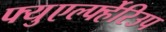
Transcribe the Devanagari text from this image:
फ्युएर्ल्फ्हेरिउप